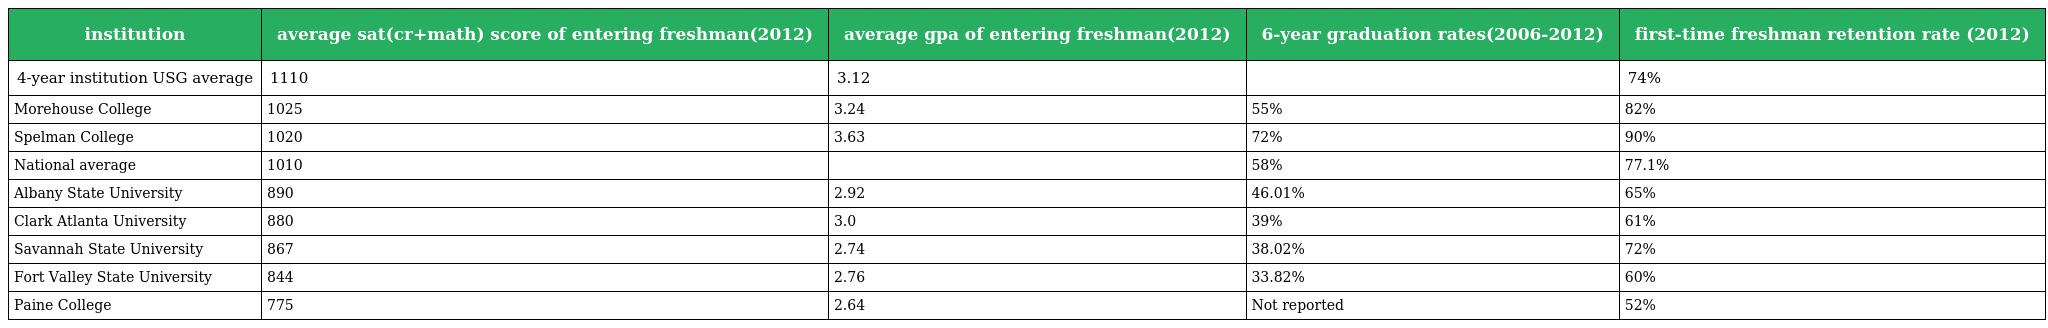
| institution | average sat(cr+math) score of entering freshman(2012) | average gpa of entering freshman(2012) | 6-year graduation rates(2006-2012) | first-time freshman retention rate (2012) |
 | --- | --- | --- | --- | --- |
 | 4-year institution USG average | 1110 | 3.12 |  | 74% |
 | Morehouse College | 1025 | 3.24 | 55% | 82% |
 | Spelman College | 1020 | 3.63 | 72% | 90% |
 | National average | 1010 |  | 58% | 77.1% |
 | Albany State University | 890 | 2.92 | 46.01% | 65% |
 | Clark Atlanta University | 880 | 3.0 | 39% | 61% |
 | Savannah State University | 867 | 2.74 | 38.02% | 72% |
 | Fort Valley State University | 844 | 2.76 | 33.82% | 60% |
 | Paine College | 775 | 2.64 | Not reported | 52% |